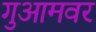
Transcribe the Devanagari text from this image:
गुआमवर